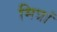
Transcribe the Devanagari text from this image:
मित्रां